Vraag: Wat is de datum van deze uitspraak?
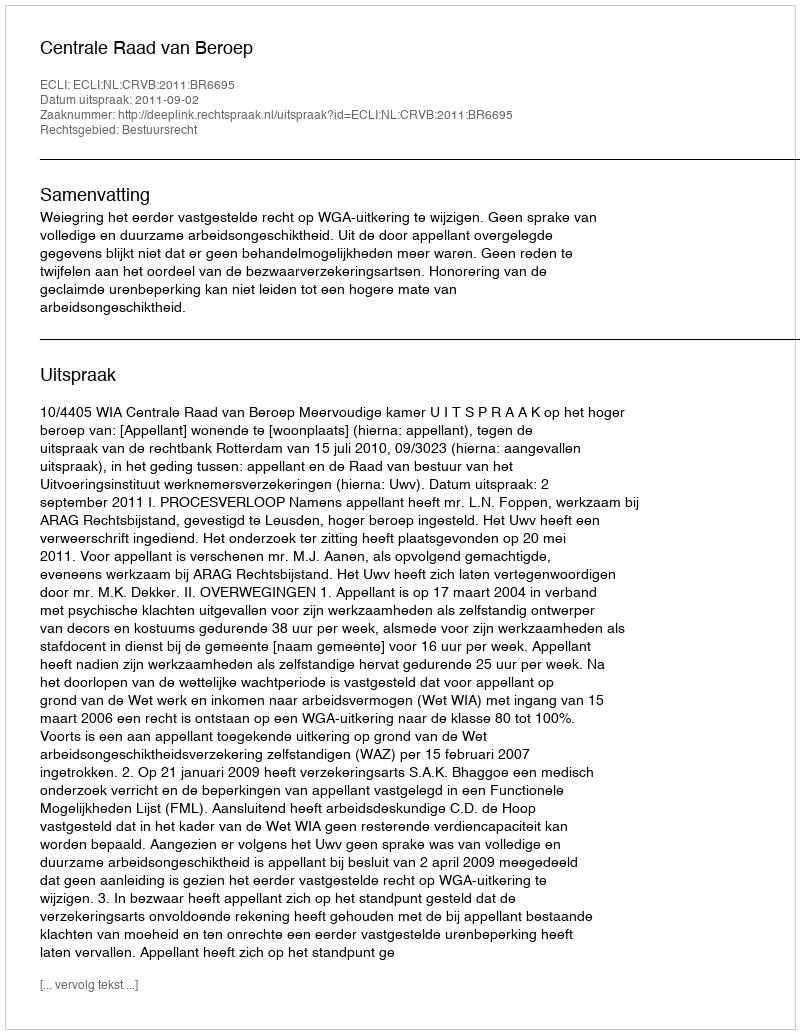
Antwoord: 2011-09-02